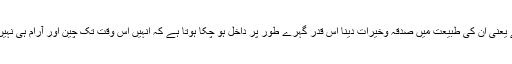
جبکہ اُنہیں کھانا کھلانے سے محبت ہوتی ہے یعنی اُن کی طبیعت میں صدقہ وخیرات دینا اِس قدر گہرے طور پر داخل ہو چکا ہوتا ہے کہ اُنہیں اُس وقت تک چین اور آرام ہی نہیں آتا جب تک وہ دوسروں کو کھانا نہ کھلا لیں۔